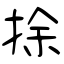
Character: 捈